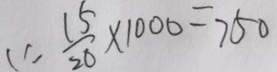
( 1 ) \frac { 1 5 } { 2 0 } \times 1 0 0 0 = 7 5 0